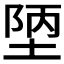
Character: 𭎴